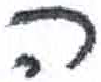
אות: ה